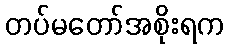
တပ်မတော်အစိုးရက